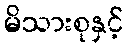
မိသားစုနှင့်